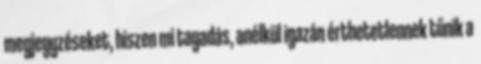
megjegyzéseket, hiszen mi tagadás, anélkül igazán érthetetlennek tűnik a